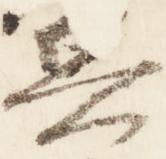
兵